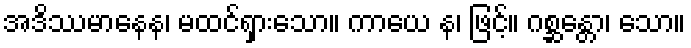
အဒိဿမာနေန၊ မထင်ရှားသော။ ကာယေ န၊ ဖြင့်။ ဂစ္ဆန္တော၊ သော။